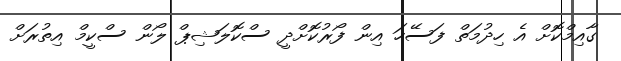
ގާއިމްކޮށް އެ ހިދުމަތް ފަސޭހަ އިން ފޯރުކޮށްދީ ސްކޮލަޝިޕް ލޯން ސްކީމް އިތުރަށް